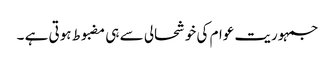
جمہوریت عوام کی خوشحالی سے ہی مضبوط ہوتی ہے ۔